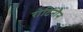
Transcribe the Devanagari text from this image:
रोटिनौन